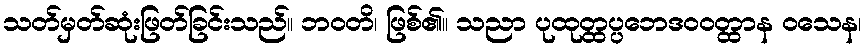
သတ်မှတ်ဆုံးဖြတ်ခြင်းသည်။ ဘဝတိ၊ ဖြစ်၏။ သညာ ပုထုတ္ထပ္ပဘေဒဝဝတ္ထာန ဝသေန၊